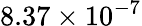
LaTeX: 8.37\times 10^{-7}